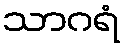
သာဂရံ